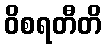
ဝိစရတီတိ